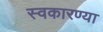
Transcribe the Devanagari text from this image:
स्वकारण्या